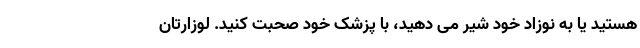
هستید یا به نوزاد خود شیر می دهید، با پزشک خود صحبت کنید. لوزارتان